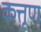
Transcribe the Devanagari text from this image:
कत्तृण